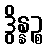
ဒွိန္နဉ္စ